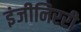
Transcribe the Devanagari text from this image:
इंजीनिररी